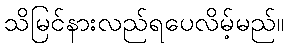
သိမြင်နားလည်ရပေလိမ့်မည်။